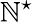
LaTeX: \mathbb{N}^{\star}